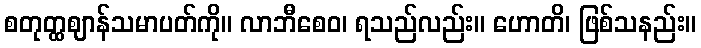
စတုတ္ထဈာန်သမာပတ်ကို။ လာဘီစေဝ၊ ရသည်လည်း။ ဟောတိ၊ ဖြစ်သနည်း။